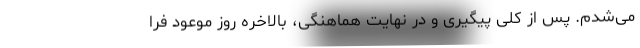
می‌شدم. پس از کلی پیگیری و در نهایت هماهنگی، بالاخره روز موعود فرا